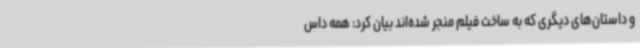
و داستان‌های دیگری که به ساخت فیلم منجر شده‌اند بیان کرد: همه داس